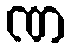
ဏ